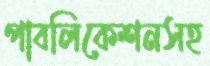
পাবলিকেশনসহ